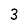
Character: 3